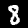
Label: 8